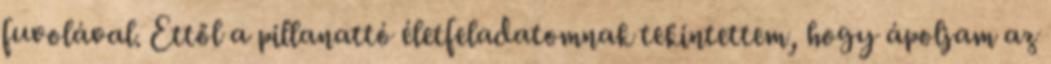
fuvolával. Ettől a pillanattó életfeladatomnak tekintettem, hogy ápoljam az